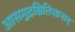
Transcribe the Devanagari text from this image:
आसमुद्रक्षितिसानाम्